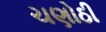
ચણોઠી